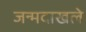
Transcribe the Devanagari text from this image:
जन्मदाखले